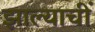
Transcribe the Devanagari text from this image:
झाल्याचीं